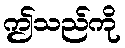
ဤသည်ကို